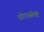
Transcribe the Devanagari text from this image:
चोरासीवीं